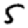
Digit: 5